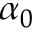
\alpha _ { 0 }